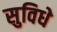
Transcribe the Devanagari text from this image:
सुविधे